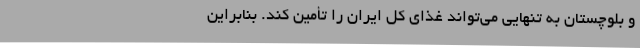
و بلوچستان به تنهایی می‌تواند غذای کل ایران را تأمین کند. بنابراین